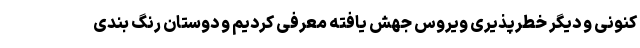
کنونی و دیگر خطرپذیری ویروس جهش یافته معرفی کردیم و دوستان رنگ بندی